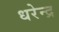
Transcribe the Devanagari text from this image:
धरेन्द्र